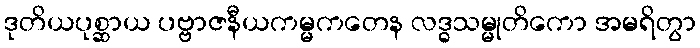
ဒုတိယပုစ္ဆာယ ပဗ္ဗာဇနီယကမ္မကတေန လဒ္ဓသမ္မုတိကော အမရိတွာ